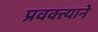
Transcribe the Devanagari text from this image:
प्रवक्त्याने